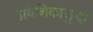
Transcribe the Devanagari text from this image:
प्रवेशिकासुद्धा